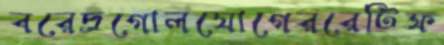
বরেদ্রগোলযোগেররেটিফ